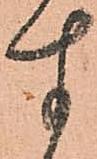
す